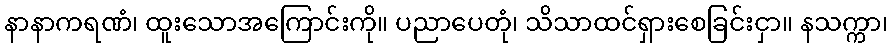
နာနာကရဏံ၊ ထူးသောအကြောင်းကို။ ပညာပေတုံ၊ သိသာထင်ရှားစေခြင်းငှာ။ နသက္ကာ၊